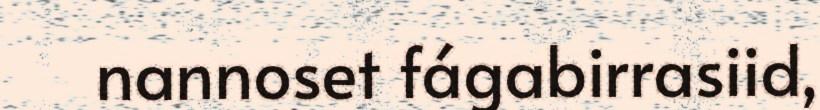
nannoset fágabirrasiid,